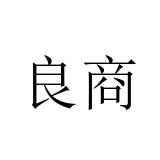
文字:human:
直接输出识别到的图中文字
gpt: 良商